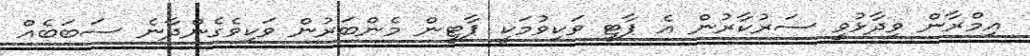
އިމްރާން ވިދާޅުވީ ސަރުކާރުން އެ ޕާޓީ ވަކިވުމަކީ ޕާޓީން މެންބަރުން ވަކިވެގެންދާނެ ސަބަބެއް